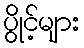
ပွိုင့်များ